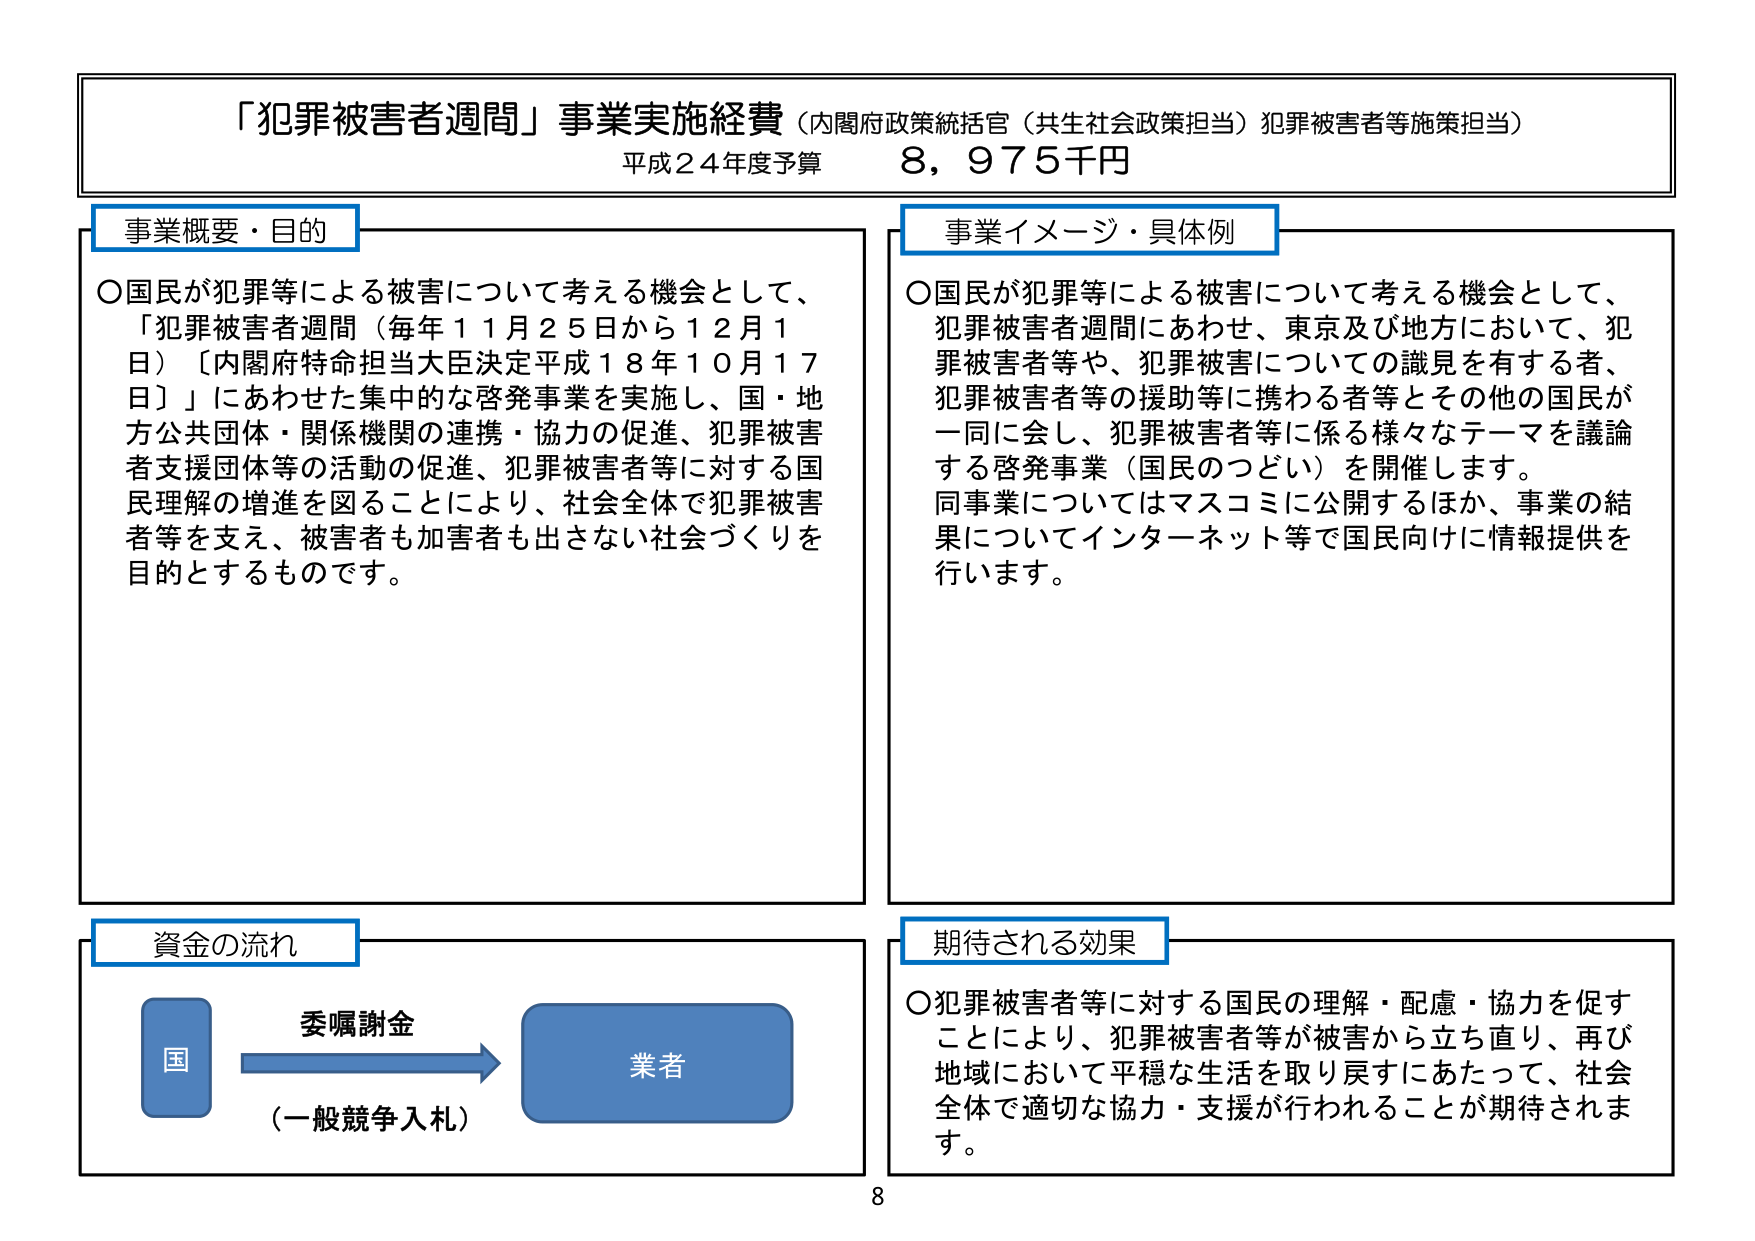
「犯罪被害者週間」事業実施経費（内閣府政策統括官（共生社会政策担当）犯罪被害者等施策担当）
平成24年度予算 8,975千円

事業概要・目的
○国民が犯罪等による被害について考える機会として、「犯罪被害者週間（毎年11月25日から12月1日）［内閣府特命担当大臣決定平成18年10月17日］」にあわせた集中的な啓発事業を実施し、国・地方公共団体・関係機関の連携・協力の促進、犯罪被害者支援団体等の活動の促進、犯罪被害者等に対する国民理解の増進を図ることにより、社会全体で犯罪被害者等を支え、被害者も加害者も出さない社会づくりを目的とするものです。

事業イメージ・具体例
○国民が犯罪等による被害について考える機会として、犯罪被害者週間にあわせ、東京及び地方において、犯罪被害者等や、犯罪被害についての識見を有する者、犯罪被害者等の援助等に携わる者等とその他の国民が一同に会し、犯罪被害者等に係る様々なテーマを議論する啓発事業（国民のつどい）を開催します。同事業についてはマスコミに公開するほか、事業の結果についてインターネット等で国民向けに情報提供を行います。

資金の流れ
国 → 委嘱謝金（一般競争入札） → 業者

期待される効果
○犯罪被害者等に対する国民の理解・配慮・協力を促すことにより、犯罪被害者等が被害から立ち直り、再び地域において平穏な生活を取り戻すにあたって、社会全体で適切な協力・支援が行われることが期待されます。

8